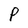
Character: P